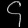
Digit: ၄